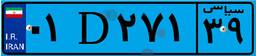
۰۱D۲۷۱۳۹